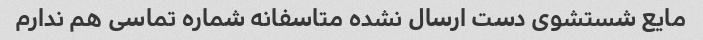
مایع شستشوی دست ارسال نشده متاسفانه شماره تماسی هم ندارم